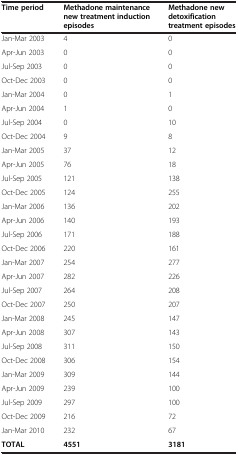
<table><thead><tr><td><b>Time period</b></td><td><b>Methadone maintenance new treatment induction episodes</b></td><td><b>Methadone new detoxification treatment episodes</b></td></tr></thead><tbody><tr><td>Jan-Mar 2003</td><td>4</td><td>0</td></tr><tr><td>Apr-Jun 2003</td><td>0</td><td>0</td></tr><tr><td>Jul-Sep 2003</td><td>0</td><td>0</td></tr><tr><td>Oct-Dec 2003</td><td>0</td><td>0</td></tr><tr><td>Jan-Mar 2004</td><td>0</td><td>1</td></tr><tr><td>Apr-Jun 2004</td><td>1</td><td>0</td></tr><tr><td>Jul-Sep 2004</td><td>0</td><td>10</td></tr><tr><td>Oct-Dec 2004</td><td>9</td><td>8</td></tr><tr><td>Jan-Mar 2005</td><td>37</td><td>12</td></tr><tr><td>Apr-Jun 2005</td><td>76</td><td>18</td></tr><tr><td>Jul-Sep 2005</td><td>121</td><td>138</td></tr><tr><td>Oct-Dec 2005</td><td>124</td><td>255</td></tr><tr><td>Jan-Mar 2006</td><td>136</td><td>202</td></tr><tr><td>Apr-Jun 2006</td><td>140</td><td>193</td></tr><tr><td>Jul-Sep 2006</td><td>171</td><td>188</td></tr><tr><td>Oct-Dec 2006</td><td>220</td><td>161</td></tr><tr><td>Jan-Mar 2007</td><td>254</td><td>277</td></tr><tr><td>Apr-Jun 2007</td><td>282</td><td>226</td></tr><tr><td>Jul-Sep 2007</td><td>264</td><td>208</td></tr><tr><td>Oct-Dec 2007</td><td>250</td><td>207</td></tr><tr><td>Jan-Mar 2008</td><td>245</td><td>147</td></tr><tr><td>Apr-Jun 2008</td><td>307</td><td>143</td></tr><tr><td>Jul-Sep 2008</td><td>311</td><td>150</td></tr><tr><td>Oct-Dec 2008</td><td>306</td><td>154</td></tr><tr><td>Jan-Mar 2009</td><td>309</td><td>144</td></tr><tr><td>Apr-Jun 2009</td><td>239</td><td>100</td></tr><tr><td>Jul-Sep 2009</td><td>297</td><td>100</td></tr><tr><td>Oct-Dec 2009</td><td>216</td><td>72</td></tr><tr><td>Jan-Mar 2010</td><td>232</td><td>67</td></tr><tr><td><b>TOTAL</b></td><td><b>4551</b></td><td><b>3181</b></td></tr></tbody></table>